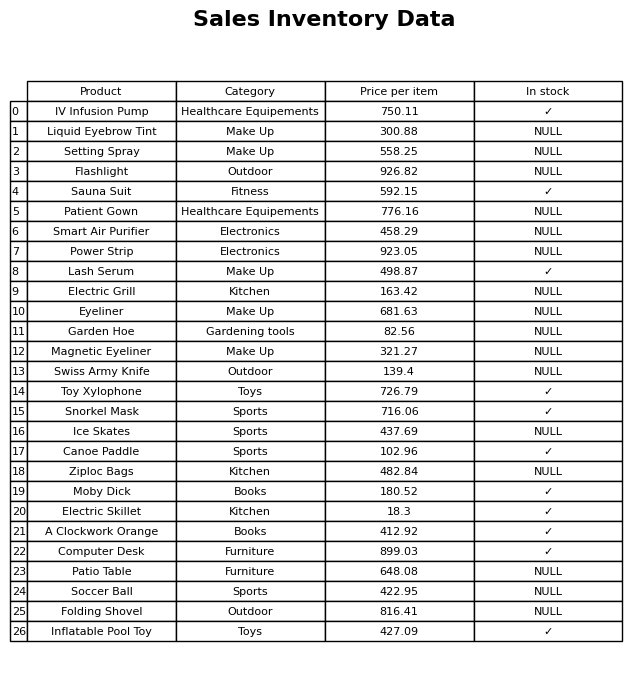
question: What is the price for Magnetic Eyeliner?
answer: The price of Magnetic Eyeliner is 321.27.